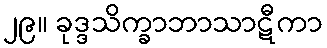
၂၉။ ခုဒ္ဒသိက္ခာဘာသာဋီကာ